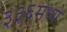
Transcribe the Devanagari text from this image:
३३६मध्ये